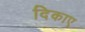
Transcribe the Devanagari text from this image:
दिकाए